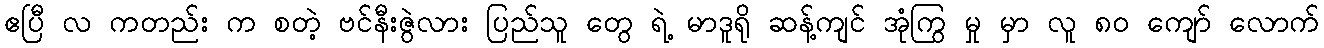
ဧပြီ လ ကတည်း က စတဲ့ ဗင်နီးဇွဲလား ပြည်သူ တွေ ရဲ့ မာဒူရို ဆန့်ကျင် အုံကြွ မှု မှာ လူ ၈၀ ကျော် လောက်